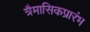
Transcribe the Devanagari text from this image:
त्रैमासिकप्रारंभ